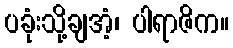
ပခုံးသို့ချအံ့၊ ပါရာဇိက။